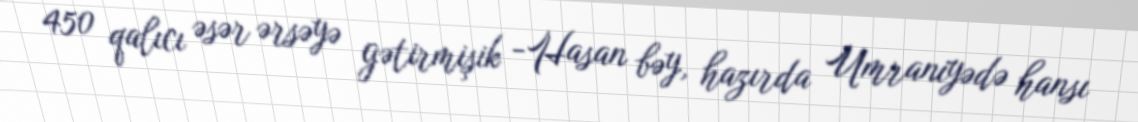
450 qalıcı əsər ərsəyə gətirmişik -Hasan bəy, hazırda Umraniyədə hansı